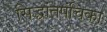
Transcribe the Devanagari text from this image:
सिद्धांतपंचिका